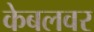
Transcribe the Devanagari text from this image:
केबलवर